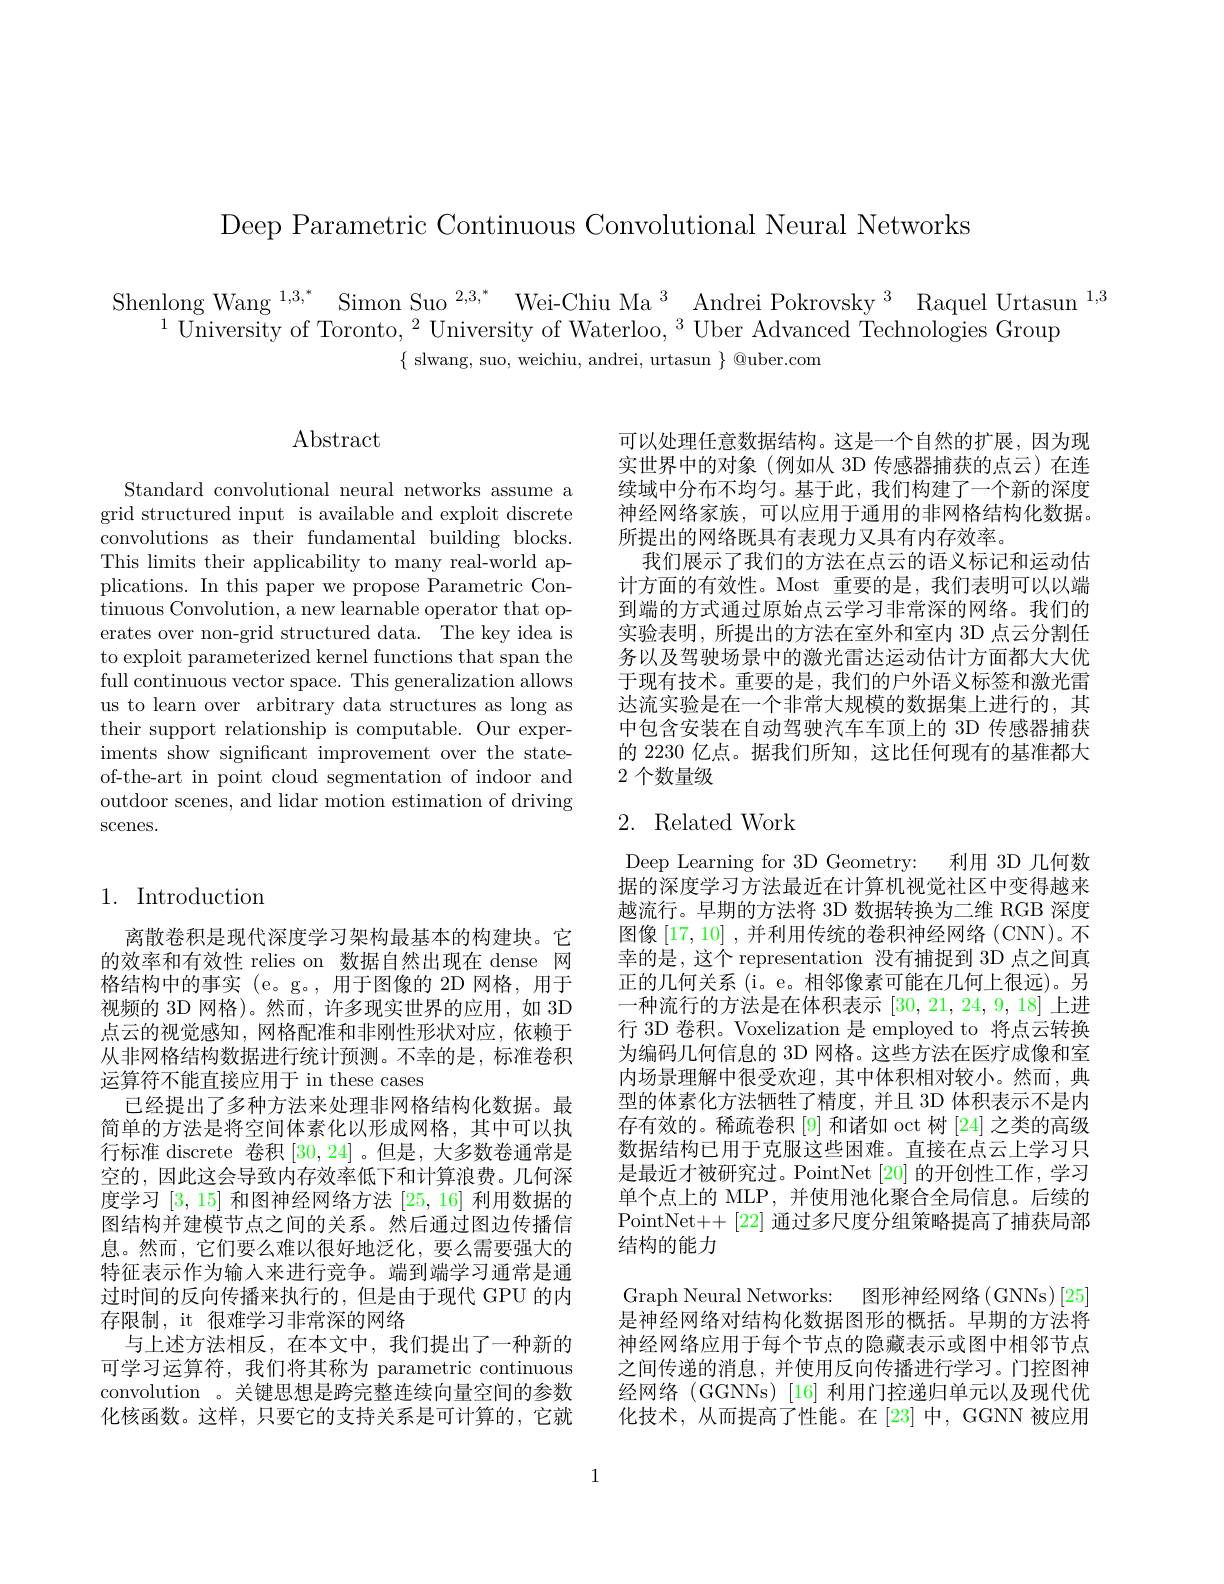
Deep Parametric Continuous Convolutional Neural Networks

Shenlong Wang $^{1,3,*}$ Simon Suo$^{2,3,*}$ Wei-Chiu Ma$^{3}$ Andrei Pokrovsky$^{3}$ Raquel Urtasun$^{1,3}$
$^{1}$University of Toronto,$^2$University of Waterloo,$^3$Uber Advanced Technologies Group
$\{$ slwang, suo, weichiu, andrei, urtasun $\}$ @uber.com

# $\operatorname{Abstract}$

Standard convolutional neural networks assume a grid structured input is available and exploit discrete convolutions as their fundamental building blocks. This limits their applicability to many real-world applications. In this paper we propose Parametric Continuous Convolution, a new learnable operator that operates over non-grid structured data. The key idea is to exploit parameterized kernel functions that span the full continuous vector space. This generalization allows us to learn over arbitrary data structures as long as their support relationship is computable. Our experiments show significant improvement over the stateof-the-art in point cloud segmentation of indoor and outdoor scenes, and lidar motion estimation of driving $\operatorname{SCenes.}$

## 1. Introduction

离散卷积是现代深度学习架构最基本的构建块。它的效率和有效性 relies on 数据自然出现在 dense 网格结构中的事实 (e。g。,用于图像的 2D 网格，用于视频的 3D 网格)。然而，许多现实世界的应用，如 3D 点云的视觉感知，网格配准和非刚性形状对应，依赖于从非网格结构数据进行统计预测。不幸的是，标准卷积运算符不能直接应用于 in these cases
已经提出了多种方法来处理非网格结构化数据。最简单的方法是将空间体素化以形成网格，其中可以执行标准 discrete 卷积[30,24]。但是，大多数卷通常是空的，因此这会导致内存效率低下和计算浪费。几何深度学习[3,15]和图神经网络方法[25,16]利用数据的图结构并建模节点之间的关系。然后通过图边传播信息。然而，它们要么难以很好地泛化，要么需要强大的特征表示作为输入来进行竞争。端到端学习通常是通过时间的反向传播来执行的，但是由于现代 GPU 的内存限制，it 很难学习非常深的网络
与上述方法相反，在本文中，我们提出了一种新的可学习运算符，我们将其称为 parametric continuous convolution 。关键思想是跨完整连续向量空间的参数化核函数。这样，只要它的支持关系是可计算的，它就

可以处理任意数据结构。这是一个自然的扩展，因为现实世界中的对象(例如从 3D 传感器捕获的点云)在连续域中分布不均匀。基于此，我们构建了一个新的深度神经网络家族，可以应用于通用的非网格结构化数据。所提出的网络既具有表现力又具有内存效率。
我们展示了我们的方法在点云的语义标记和运动估计方面的有效性。Most 重要的是，我们表明可以以端到端的方式通过原始点云学习非常深的网络。我们的实验表明，所提出的方法在室外和室内 3D 点云分割任务以及驾驶场景中的激光雷达运动估计方面都大大优于现有技术。重要的是，我们的户外语义标签和激光雷达流实验是在一个非常大规模的数据集上进行的，其中包含安装在自动驾驶汽车车顶上的 3D 传感器捕获的 2230 亿点。据我们所知，这比任何现有的基准都大2 个数量级

# 2. Related Work

Deep Learning for 3D Geometry: 利用 3D 几何数据的深度学习方法最近在计算机视觉社区中变得越来越流行。早期的方法将 3D 数据转换为二维 RGB 深度图像$\left[17,10\right]$,并利用传统的卷积神经网络(CNN)。不幸的是，这个 representation 没有捕捉到 3D 点之间真正的几何关系(i。e。相邻像素可能在几何上很远)。另一种流行的方法是在体积表示[30,21,24,9,18]上进行 3D 卷积。Voxelization 是 employed to 将点云转换为编码几何信息的 3D 网格。这些方法在医疗成像和室内场景理解中很受欢迎，其中体积相对较小。然而，典型的体素化方法牺牲了精度，并且 3D 体积表示不是内存有效的。稀疏卷积 [9] 和诸如 oct 树 [24] 之类的高级数据结构已用于克服这些困难。直接在点云上学习只是最近才被研究过。PointNet [20] 的开创性工作，学习单个点上的 MLP,并使用池化聚合全局信息。后续的PointNet++[22] 通过多尺度分组策略提高了捕获局部结构的能力

Graph Neural Networks: 图形神经网络(GNNs)[25] 是神经网络对结构化数据图形的概括。早期的方法将神经网络应用于每个节点的隐藏表示或图中相邻节点之间传递的消息，并使用反向传播进行学习。门控图神经网络(GGNNs)[16] 利用门控递归单元以及现代优化技术，从而提高了性能。在[23]中，GGNN被应用

1